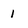
Character: 1